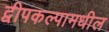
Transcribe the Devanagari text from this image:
द्वीपकल्पामधील